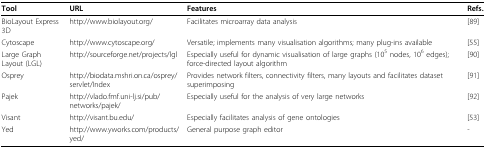
<table><thead><tr><td><b>Tool</b></td><td><b>URL</b></td><td><b>Features</b></td><td><b>Refs.</b></td></tr></thead><tbody><tr><td>BioLayout Express 3D</td><td>http://www.biolayout.org/</td><td>Facilitates microarray data analysis</td><td>[89]</td></tr><tr><td>Cytoscape</td><td>http://www.cytoscape.org/</td><td>Versatile; implements many visualisation algorithms; many plug-ins available</td><td>[55]</td></tr><tr><td>Large Graph Layout (LGL)</td><td>http://sourceforge.net/projects/lgl</td><td>Especially useful for dynamic visualisation of large graphs (10<sup>5 </sup>nodes, 10<sup>6 </sup>edges); force-directed layout algorithm</td><td>[90]</td></tr><tr><td>Osprey</td><td>http://biodata.mshri.on.ca/osprey/servlet/Index</td><td>Provides network filters, connectivity filters, many layouts and facilitates dataset superimposing</td><td>[91]</td></tr><tr><td>Pajek</td><td>http://vlado.fmf.uni-lj.si/pub/networks/pajek/</td><td>Especially useful for the analysis of very large networks</td><td>[92]</td></tr><tr><td>Visant</td><td>http://visant.bu.edu/</td><td>Especially facilitates analysis of gene ontologies</td><td>[53]</td></tr><tr><td>Yed</td><td>http://www.yworks.com/products/yed/</td><td>General purpose graph editor</td><td>-</td></tr></tbody></table>